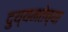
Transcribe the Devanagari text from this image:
दुय्यमतेच्या